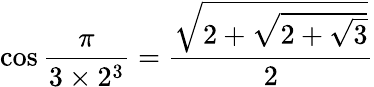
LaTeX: \cos{\frac{\pi}{3\times 2^{3}}}={\frac{\sqrt{2+{\sqrt{2+{\sqrt{3}}}}}}{2}}